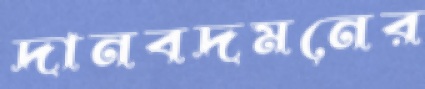
দানবদমনের